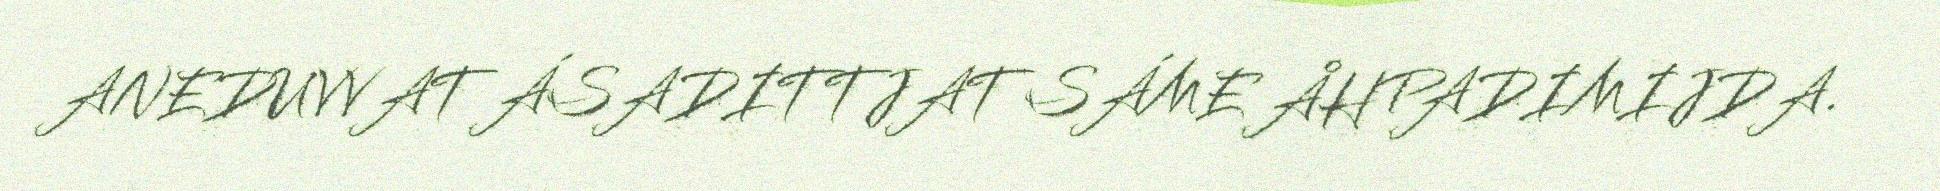
ANEDUVVAT ÁSADITTJAT SÁME ÅHPADIMIJDA.